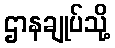
ဌာနချုပ်သို့